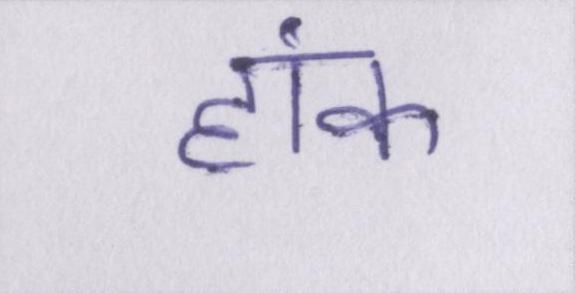
हांक